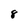
Character: 8